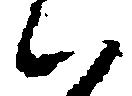
ハ